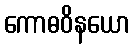
ကောဓဝိနယော